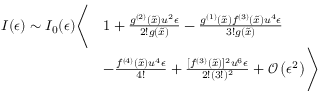
\begin{array} { r l } { I ( \epsilon ) \sim I _ { 0 } ( \epsilon ) \Bigg \langle } & { 1 + \frac { g ^ { ( 2 ) } ( \tilde { x } ) u ^ { 2 } \epsilon } { 2 ! g ( \tilde { x } ) } - \frac { g ^ { ( 1 ) } ( \tilde { x } ) f ^ { ( 3 ) } ( \tilde { x } ) u ^ { 4 } \epsilon } { 3 ! g ( \tilde { x } ) } } \\ & { - \frac { f ^ { ( 4 ) } ( \tilde { x } ) u ^ { 4 } \epsilon } { 4 ! } + \frac { [ f ^ { ( 3 ) } ( \tilde { x } ) ] ^ { 2 } u ^ { 6 } \epsilon } { 2 ! ( 3 ! ) ^ { 2 } } + \mathcal { O } \left( \epsilon ^ { 2 } \right) \Bigg \rangle } \end{array}